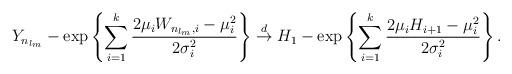
LaTeX: \begin{align*}Y_{n_{l_{m}}} - \exp\left\{ \sum_{i=1}^{k} \frac{2\mu_{i} W_{n_{l_{m}},i}- \mu_{i}^2}{2\sigma_{i}^2} \right\} \stackrel{d}{\to} H_{1} - \exp \left\{ \sum_{i=1}^{k} \frac{2\mu_{i}H_{i+1}- \mu_{i}^2 }{2 \sigma_{i}^2} \right\}.\end{align*}